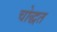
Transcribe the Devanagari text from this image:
चोद्धत